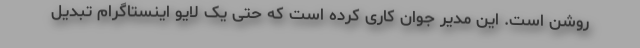
روشن است. این مدیر جوان کاری کرده است که حتی یک لایو اینستاگرام تبدیل